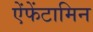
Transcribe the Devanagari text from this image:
ऐंफेंटामिन